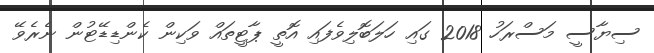
ސިޔާސީ މަސްރަހު 2018 ގައި ހަލަބޮލިވެފައި އޮތީ ޕާޓީތައް ވަކިން ކެންޑިޑޭޓުން ނެރެވޭ